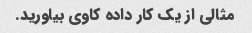
مثالی از یک کار داده کاوی بیاورید.